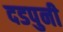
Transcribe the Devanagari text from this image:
दडपुनी